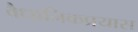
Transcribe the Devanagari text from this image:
वैधानिकप्रयास